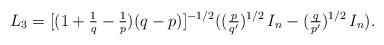
LaTeX: \begin{align*}L_3 = [(1+\tfrac{1}{q} - \tfrac{1}{p})(q-p)]^{-1/2} ( (\tfrac{p}{q'})^{1/2}\,I_n - (\tfrac{q}{p'})^{1/2} \,I_n ).\end{align*}